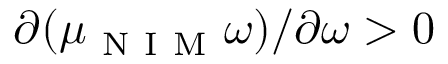
\partial ( \mu _ { \mathrm { ~ N ~ I ~ M ~ } } \omega ) / \partial \omega > 0